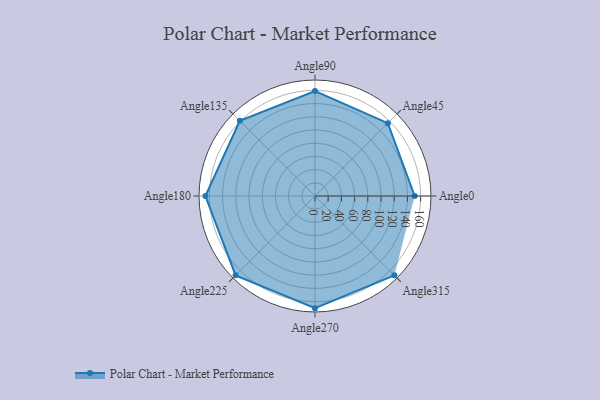
{"axis": {"x": "Angle", "y": "Radius"}, "legend": [""], "data": [{"x": "Angle0", "y": 151.0, "type": ""}, {"x": "Angle45", "y": 156.0, "type": ""}, {"x": "Angle90", "y": 159.0, "type": ""}, {"x": "Angle135", "y": 161.0, "type": ""}, {"x": "Angle180", "y": 166.0, "type": ""}, {"x": "Angle225", "y": 170, "type": ""}, {"x": "Angle270", "y": 170, "type": ""}, {"x": "Angle315", "y": 170, "type": ""}]}